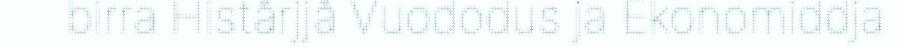
birra Histårjjå Vuododus ja Ekonomiddja